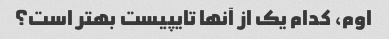
اوم، کدام یک از آنها تایپیست بهتر است؟